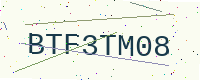
Text: BTF3TM08